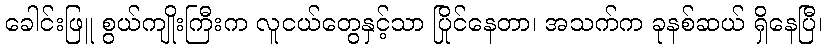
ခေါင်းဖြူ စွယ်ကျိုးကြီးက လူငယ်တွေနှင့်သာ ပြိုင်နေတာ၊ အသက်က ခုနစ်ဆယ် ရှိနေပြီ၊